Scottish Certificate of Education, 1962
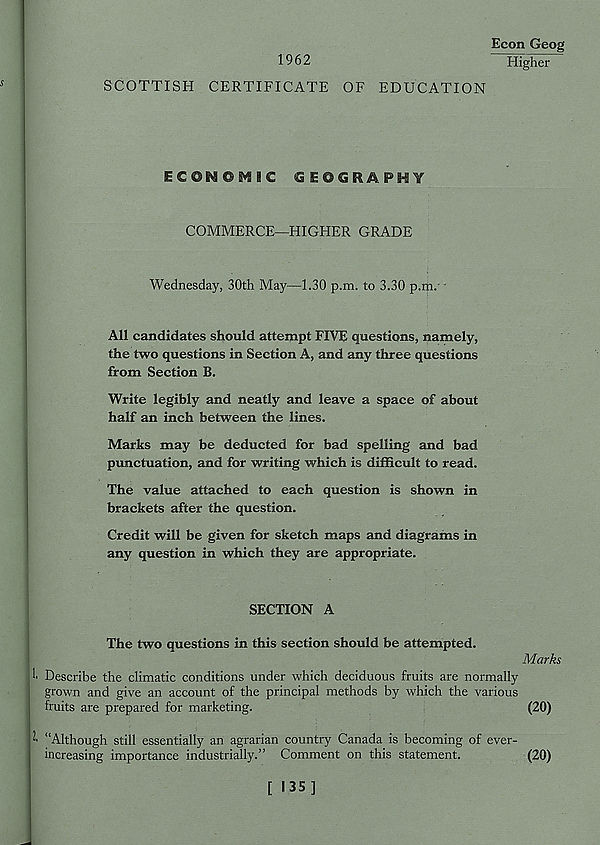
Econ Geog
1962
Higher
SCOTTISH CERTIFICATE OF EDUCATION
ECONOMIC GEOGRAPHY
COMMERCE—HIGHER GRADE
Wednesday, 30th May—1.30 p.m. to 3.30 p.m. '
All candidates should attempt FIVE questions, namely,
the two questions in Section A, and any three questions
from Section B.
Write legibly and neatly and leave a space of about
half an inch between the lines.
Marks may be deducted for bad spelling and bad
punctuation, and for writing which is difficult to read.
The value attached to each question is shown in
brackets after the question.
Credit will be given for sketch maps and diagrams in
any question in which they are appropriate.
SECTION A
The two questions in this section should be attempted.
Describe the climatic conditions under which deciduous fruits are normally
grown and give an account of the principal methods by which the various
fruits are prepared for marketing.
•• “Although still essentially an agrarian country Canada is becoming of ever-
increasing importance industrially.” Comment on this statement.
Marks
(20)
(20)
[ I3S]